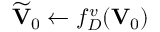
{ \widetilde { \bf V } _ { 0 } } \leftarrow f _ { \cal D } ^ { v } ( { \bf V } _ { 0 } )